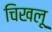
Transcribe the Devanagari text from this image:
चिखलू